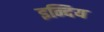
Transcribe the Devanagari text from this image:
इन्दिय